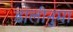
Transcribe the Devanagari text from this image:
डालीनुमा